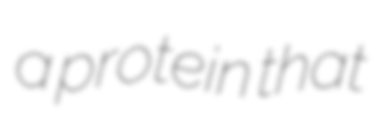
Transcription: a protein that